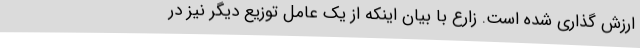
ارزش گذاری شده است. زارع با بیان اینکه از یک عامل توزیع دیگر نیز در